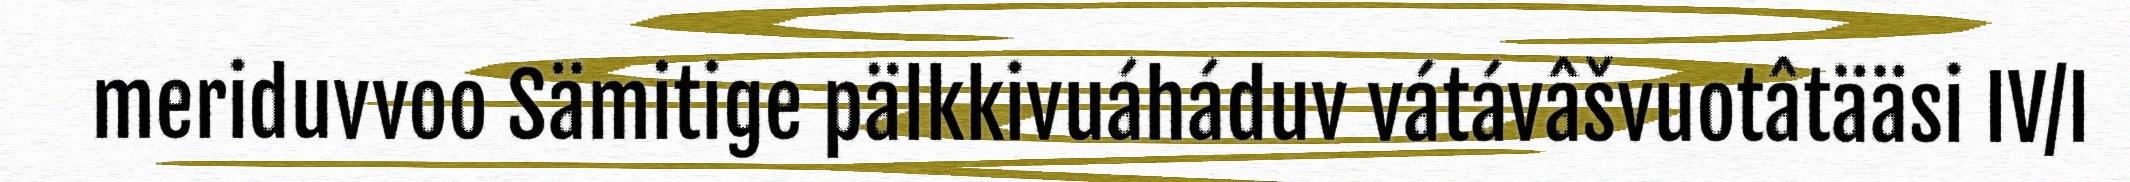
meriduvvoo Sämitige pälkkivuáháduv vátávâšvuotâtääsi IV/I